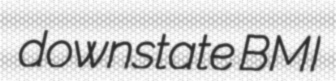
downstate BMI